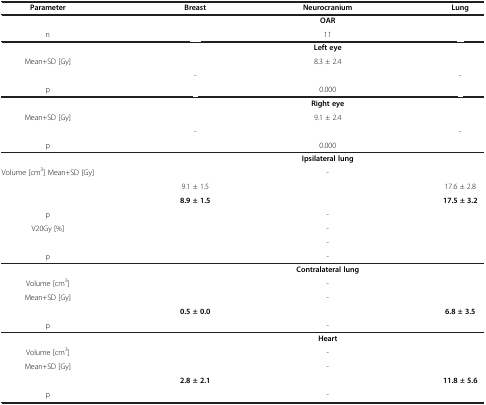
<table><thead><tr><td><b>Parameter</b></td><td><b>Breast</b></td><td><b>Neurocranium</b></td><td><b>Lung</b></td></tr></thead><tbody><tr><td>[EMPTY_CELL]</td><td>[EMPTY_CELL]</td><td><b>OAR</b></td><td>[EMPTY_CELL]</td></tr><tr><td>n</td><td>[EMPTY_CELL]</td><td>11</td><td>[EMPTY_CELL]</td></tr><tr><td>[EMPTY_CELL]</td><td>[EMPTY_CELL]</td><td><b>Left eye</b></td><td>[EMPTY_CELL]</td></tr><tr><td rowspan="2">Mean+SD [Gy]</td><td>[EMPTY_CELL]</td><td>8.3 ± 2.4</td><td>[EMPTY_CELL]</td></tr><tr><td>-</td><td>[EMPTY_CELL]</td><td>-</td></tr><tr><td>p</td><td>[EMPTY_CELL]</td><td>0.000</td><td>[EMPTY_CELL]</td></tr><tr><td>[EMPTY_CELL]</td><td>[EMPTY_CELL]</td><td><b>Right eye</b></td><td>[EMPTY_CELL]</td></tr><tr><td rowspan="2">Mean+SD [Gy]</td><td>[EMPTY_CELL]</td><td>9.1 ± 2.4</td><td>[EMPTY_CELL]</td></tr><tr><td>-</td><td>[EMPTY_CELL]</td><td>-</td></tr><tr><td>p</td><td>[EMPTY_CELL]</td><td>0.000</td><td>[EMPTY_CELL]</td></tr><tr><td>[EMPTY_CELL]</td><td>[EMPTY_CELL]</td><td><b>Ipsilateral lung</b></td><td>[EMPTY_CELL]</td></tr><tr><td rowspan="3">Volume [cm<sup>3</sup>] Mean+SD [Gy]</td><td>[EMPTY_CELL]</td><td>-</td><td>[EMPTY_CELL]</td></tr><tr><td>9.1 ± 1.5</td><td>[EMPTY_CELL]</td><td>17.6 ± 2.8</td></tr><tr><td><b>8.9 ± 1.5</b></td><td>[EMPTY_CELL]</td><td><b>17.5 ± 3.2</b></td></tr><tr><td>p</td><td>[EMPTY_CELL]</td><td>-</td><td>[EMPTY_CELL]</td></tr><tr><td>V20Gy [%]</td><td>[EMPTY_CELL]</td><td>-</td><td>[EMPTY_CELL]</td></tr><tr><td>[EMPTY_CELL]</td><td>[EMPTY_CELL]</td><td>-</td><td>[EMPTY_CELL]</td></tr><tr><td>p</td><td>[EMPTY_CELL]</td><td>-</td><td>[EMPTY_CELL]</td></tr><tr><td>[EMPTY_CELL]</td><td>[EMPTY_CELL]</td><td><b>Contralateral lung</b></td><td>[EMPTY_CELL]</td></tr><tr><td>Volume [cm<sup>3</sup>]</td><td>[EMPTY_CELL]</td><td>-</td><td>[EMPTY_CELL]</td></tr><tr><td rowspan="2">Mean+SD [Gy]</td><td>[EMPTY_CELL]</td><td>-</td><td>[EMPTY_CELL]</td></tr><tr><td><b>0.5 ± 0.0</b></td><td>[EMPTY_CELL]</td><td><b>6.8 ± 3.5</b></td></tr><tr><td>p</td><td>[EMPTY_CELL]</td><td>-</td><td>[EMPTY_CELL]</td></tr><tr><td>[EMPTY_CELL]</td><td>[EMPTY_CELL]</td><td><b>Heart</b></td><td>[EMPTY_CELL]</td></tr><tr><td>Volume [cm<sup>3</sup>]</td><td>[EMPTY_CELL]</td><td>-</td><td>[EMPTY_CELL]</td></tr><tr><td rowspan="2">Mean+SD [Gy]</td><td>[EMPTY_CELL]</td><td>-</td><td>[EMPTY_CELL]</td></tr><tr><td><b>2.8 ± 2.1</b></td><td>[EMPTY_CELL]</td><td><b>11.8 ± 5.6</b></td></tr><tr><td>p</td><td>[EMPTY_CELL]</td><td>-</td><td>[EMPTY_CELL]</td></tr></tbody></table>